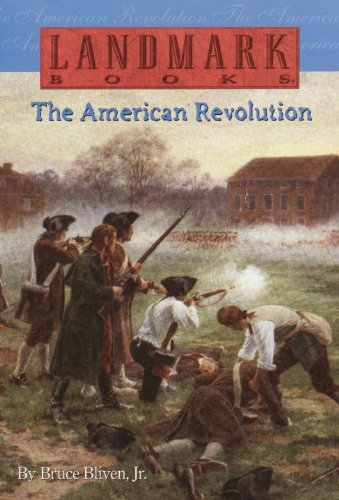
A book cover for The American Revolution (Landmark Books); Bruce Bliven Jr.; Children's Books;